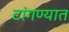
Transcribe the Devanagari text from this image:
टांगण्यात